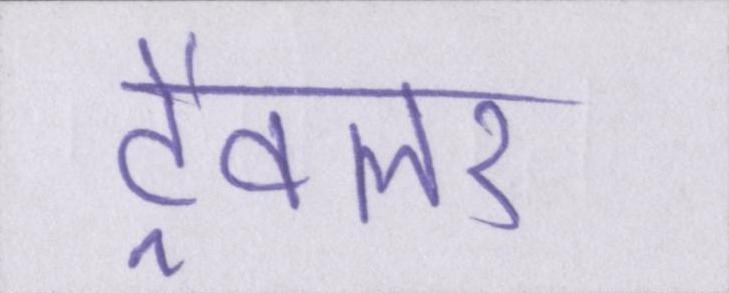
ट्रैवलर